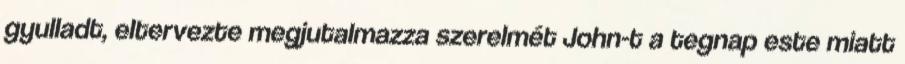
gyulladt, eltervezte megjutalmazza szerelmét John-t a tegnap este miatt